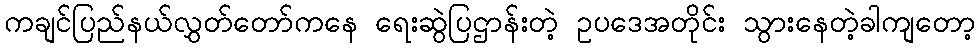
ကချင်ပြည်နယ်လွှတ်တော်ကနေ ရေးဆွဲပြဌာန်းတဲ့ ဥပဒေအတိုင်း သွားနေတဲ့ခါကျတော့